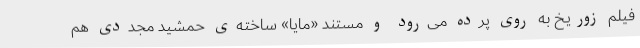
فیلم زوریخ به روی پرده می‌رود و مستند «مایا» ساخته‌ی حمشید مجددی هم